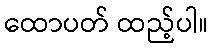
ထောပတ် ထည့်ပါ။